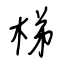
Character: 梯